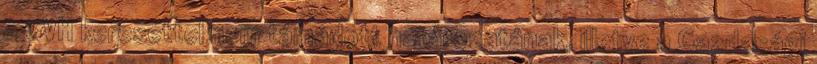
a GVH keresettel nem támadott határozatának, illetve a Gazdasági